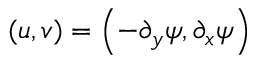
( u , v ) = \left( - { \partial _ { y } } \psi , { \partial _ { x } } \psi \right)